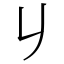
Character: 𠂈